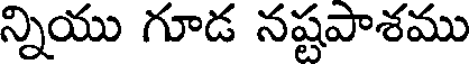
న్నియు గూడ నష్టపాశము